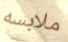
ملابسه